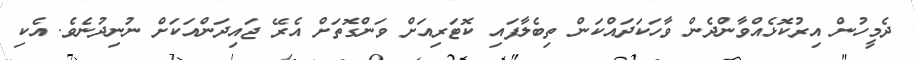
ދެމީހުން އިރުކޮޅެއްވާންދެން ވާހަކަދައްކަން ތިބެލާފައި ކޮޓަރިއަށް ވަންގޮތަށް އެރޭ ޖައިދަންއަކަށް ނުނިދުނެވެ. އެކި